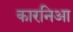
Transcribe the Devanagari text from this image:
कारनिआ